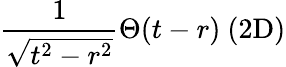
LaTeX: \frac{1}{\sqrt{t^{2}-r^{2}}}\Theta(t-r)\ \mathrm{(2D)}